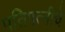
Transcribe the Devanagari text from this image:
पतिपत्नीचे